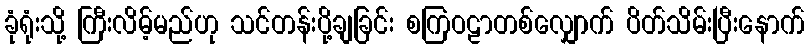
ခုံရုံးသို့ ကြီးလိမ့်မည်ဟု သင်တန်းပို့ချခြင်း စကြဝဠာတစ်လျှောက် ပိတ်သိမ်းပြီးနောက်